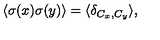
\langle \sigma ( x ) \sigma ( y ) \rangle = \langle \delta _ { C _ { x } , C _ { y } } \rangle , \protect